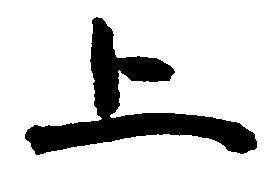
上